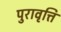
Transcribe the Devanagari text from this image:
पुरावृत्ति